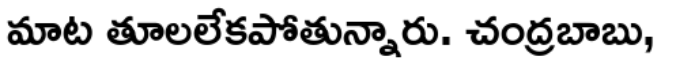
మాట తూలలేకపోతున్నారు. చంద్రబాబు,